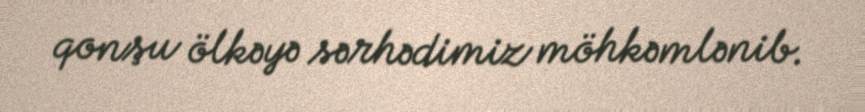
qonşu ölkəyə sərhədimiz möhkəmlənib.